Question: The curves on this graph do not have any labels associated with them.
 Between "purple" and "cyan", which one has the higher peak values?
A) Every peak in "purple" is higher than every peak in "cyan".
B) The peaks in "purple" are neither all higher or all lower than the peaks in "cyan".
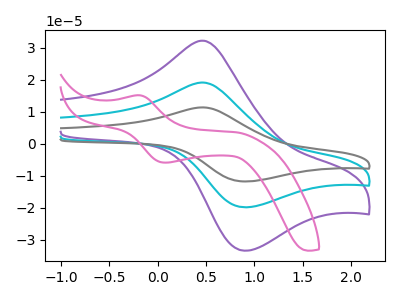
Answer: <think>The purple curve "purple" has an anodic peak at (0.50V, 32.10uA) and a cathodic peak at (0.90V, -33.30uA). The cyan curve "cyan" has an anodic peak at (0.50V, 19.10uA) and a cathodic peak at (0.90V, -19.80uA). The gray curve "gray" has an anodic peak at (0.50V, 38.15uA) and a cathodic peak at (0.90V, -39.60uA). The pink curve "pink" has an anodic peak at (-0.20V, 15.10uA) and a cathodic peak at (0.10V, -5.90uA).</think>
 <answer>A) Every peak in "purple" is higher than every peak in "cyan".</answer>
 <eval>A</eval>